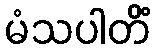
မံသပါတိံ